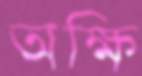
অক্ষি